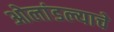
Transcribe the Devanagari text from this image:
ओलांडल्याचे